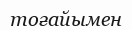
тоғайымен